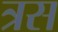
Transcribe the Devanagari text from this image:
त्रस